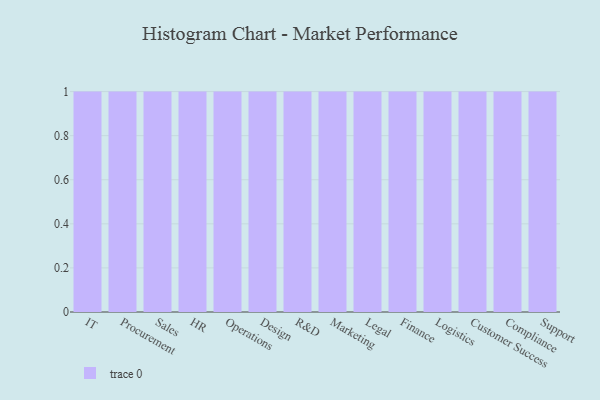
{"axis": {"x": "Department", "y": "Page Views"}, "legend": [""], "data": [{"x": "IT", "y": 65, "type": ""}, {"x": "Procurement", "y": 57, "type": ""}, {"x": "Sales", "y": 94, "type": ""}, {"x": "HR", "y": 26, "type": ""}, {"x": "Operations", "y": 64, "type": ""}, {"x": "Design", "y": 48, "type": ""}, {"x": "R&D", "y": 59, "type": ""}, {"x": "Marketing", "y": 74, "type": ""}, {"x": "Legal", "y": 76, "type": ""}, {"x": "Finance", "y": 63, "type": ""}, {"x": "Logistics", "y": 19, "type": ""}, {"x": "Customer Success", "y": 38, "type": ""}, {"x": "Compliance", "y": 66, "type": ""}, {"x": "Support", "y": 38, "type": ""}]}